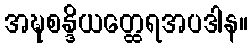
အဍ္ဎစန္ဒိယတ္ထေရအပဒါန။